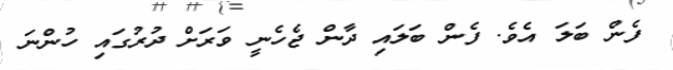
ފެން ބަލަ އެވެ. ފެން ބަލައި ދާން ޖެހެނީ ވަރަށް ދުރުގައި ހުންނަ